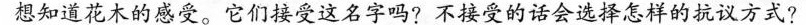
想知道花木的感受。它们接受这名字吗?不接受的话会选择怎样的抗议方式?